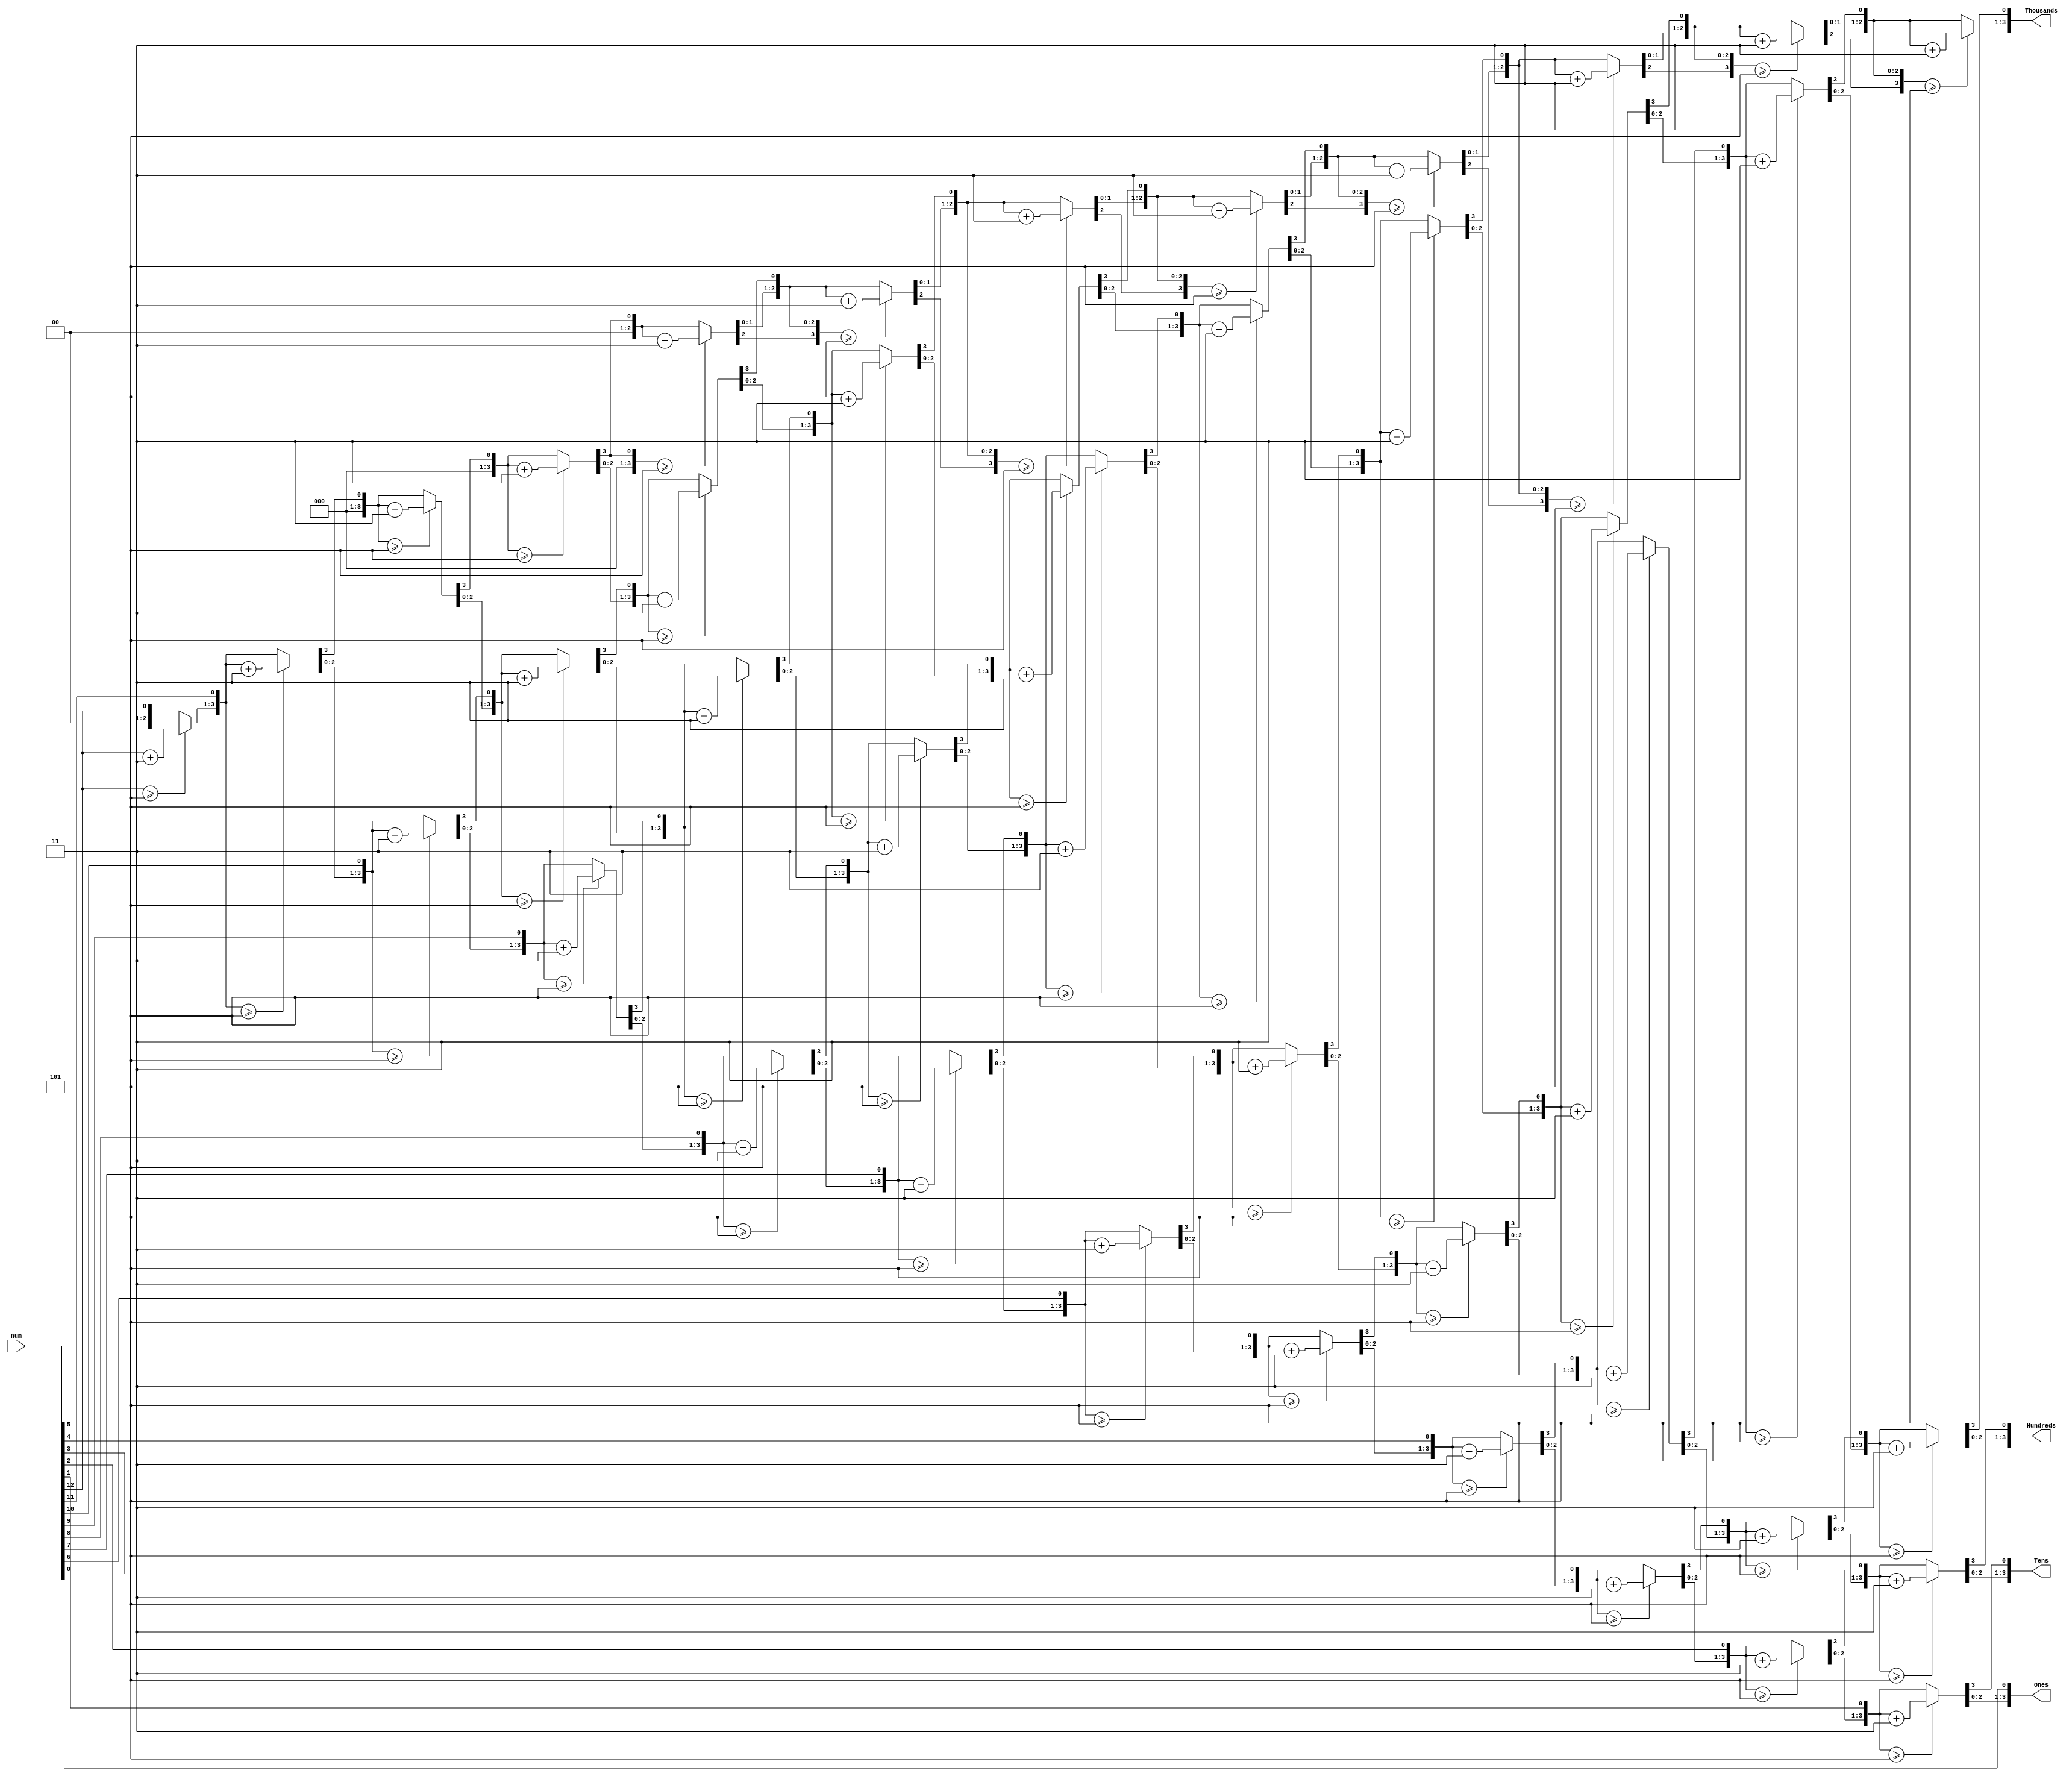
`timescale 1ns / 1ps
//////////////////////////////////////////////////////////////////////////////////
// Company: 
// Engineer: 
// 
// Design Name: 
// Module Name: BCD
// Project Name: 
// Target Devices: 
// Tool Versions: 
// Description: 
// 
// Dependencies: 
// 
// Revision:
// Revision 0.01 - File Created
// Additional Comments:
// 
//////////////////////////////////////////////////////////////////////////////////



module BCD (
input [12:0] num,
output reg [3:0] Thousands,
output reg [3:0] Hundreds,
output reg [3:0] Tens,
output reg [3:0] Ones
);
integer i;
always @(num)
begin
//BCD
 Thousands = 4'd0;
 Hundreds = 4'd0;
 Tens = 4'd0;
 Ones = 4'd0;
for (i = 12; i >= 0 ; i = i-1 )
begin
if(Thousands >= 5 )
 Thousands = Thousands + 3;
if(Hundreds >= 5 )
 Hundreds = Hundreds + 3;
if (Tens >= 5 )
 Tens = Tens + 3;
 if (Ones >= 5)
 Ones = Ones +3;
//shift left one
 Thousands = Thousands << 1;
 Thousands [0] = Hundreds [3];
 Hundreds = Hundreds << 1;
 Hundreds [0] = Tens [3];
 Tens = Tens << 1;
 Tens [0] = Ones[3];
 Ones = Ones << 1;
 Ones[0] = num[i];
end
end
endmodule